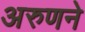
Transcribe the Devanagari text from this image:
अरुणने